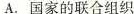
A. 国家的联合组织